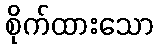
စိုက်ထားသော